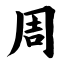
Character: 周